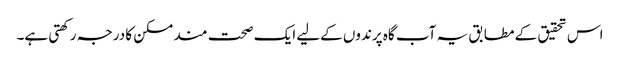
اس تحقیق کے مطابق یہ آب گاہ پرندوں کےلیے ایک صحت مند مسکن کا درجہ رکھتی ہے۔